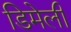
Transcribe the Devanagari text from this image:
डिमेली